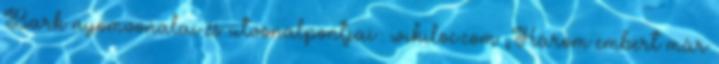
Bark nyomvonalai és útvonalpontjai : wikiloc.com „Három embert már